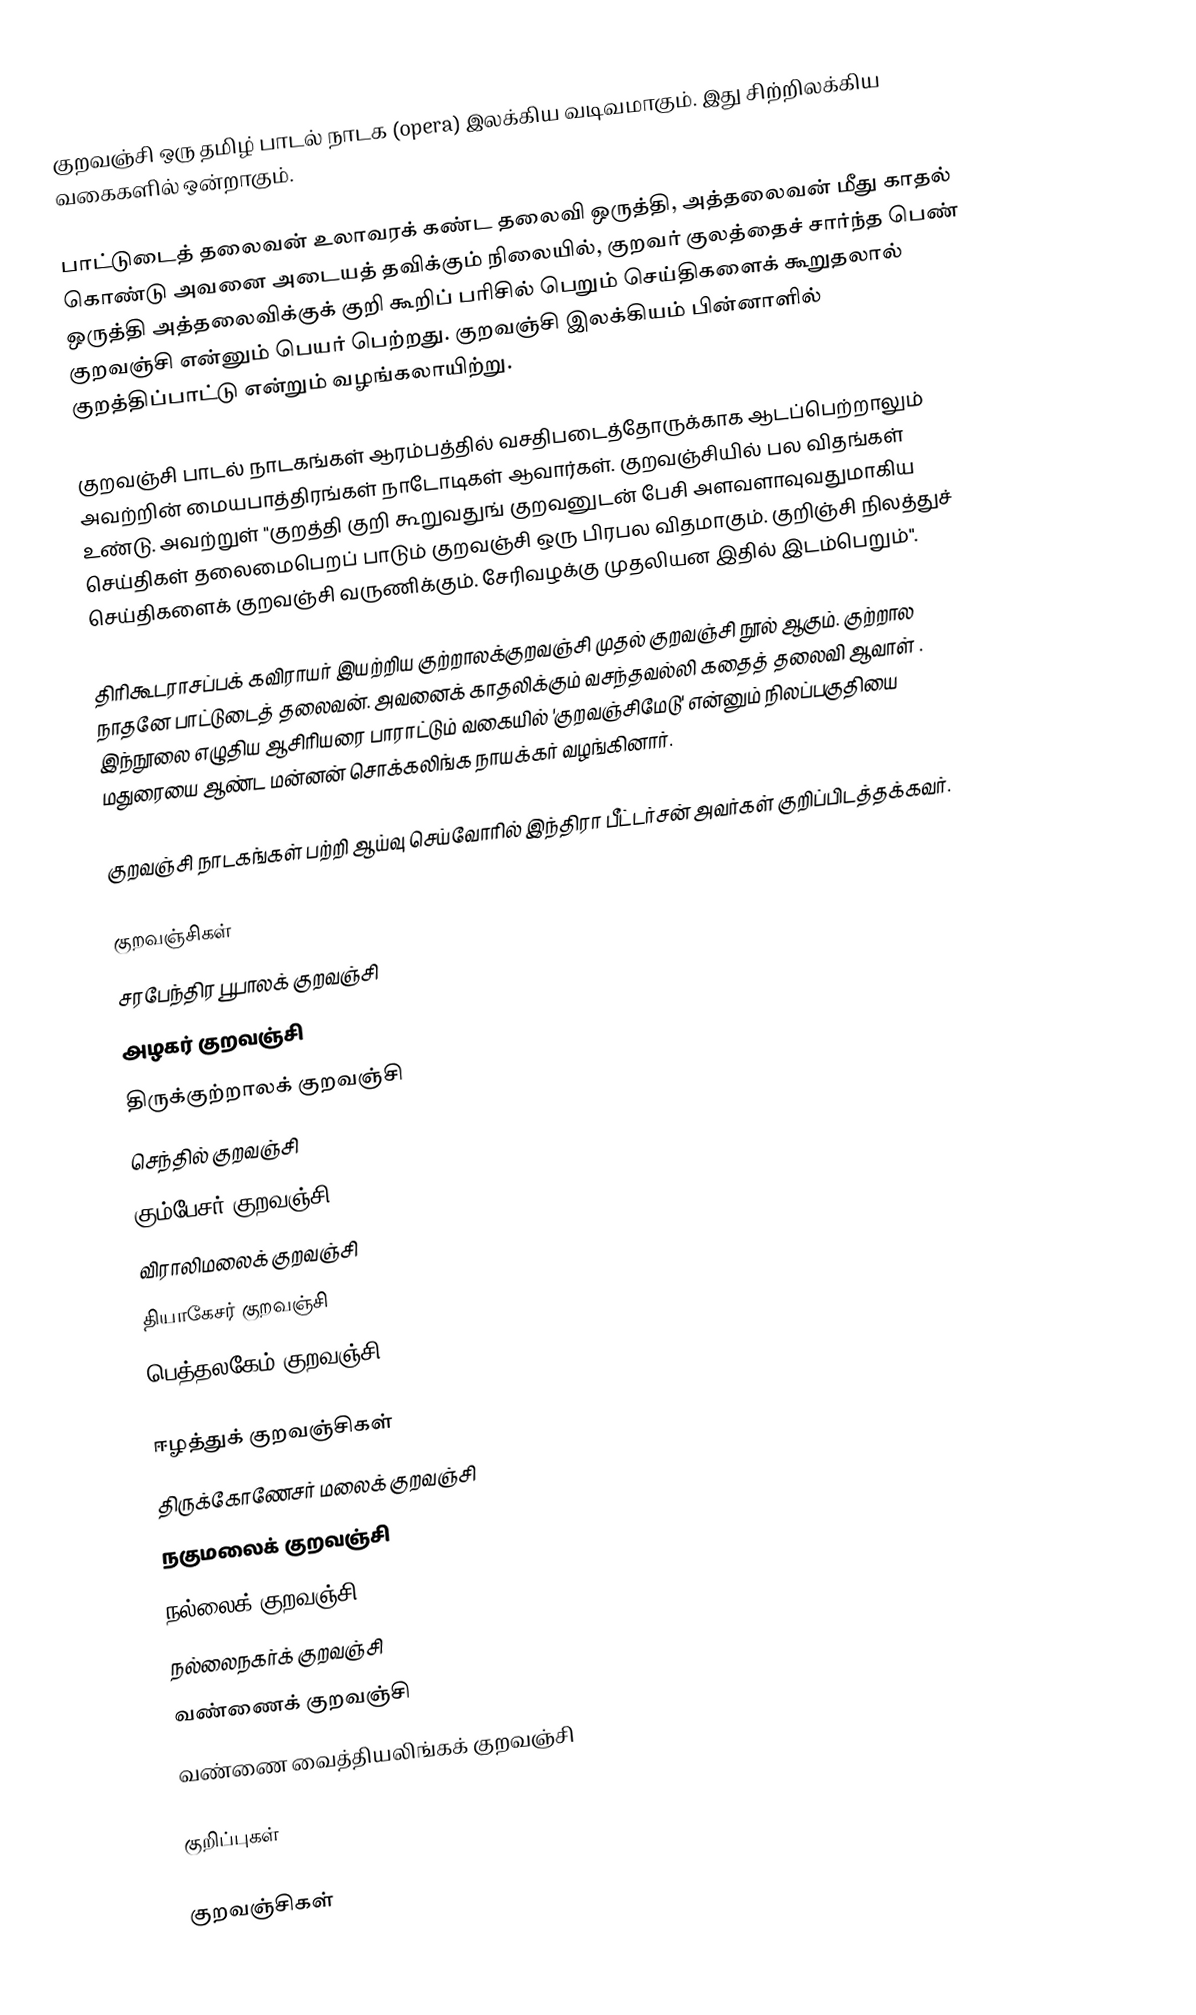
குறவஞ்சி ஒரு தமிழ் பாடல் நாடக (opera) இலக்கிய வடிவமாகும். இது சிற்றிலக்கிய வகைகளில் ஒன்றாகும்.

பாட்டுடைத் தலைவன் உலாவரக் கண்ட தலைவி ஒருத்தி, அத்தலைவன் மீது காதல் கொண்டு அவனை அடையத் தவிக்கும் நிலையில், குறவர் குலத்தைச் சார்ந்த பெண் ஒருத்தி அத்தலைவிக்குக் குறி கூறிப் பரிசில் பெறும் செய்திகளைக் கூறுதலால் குறவஞ்சி என்னும் பெயர் பெற்றது. குறவஞ்சி இலக்கியம் பின்னாளில் குறத்திப்பாட்டு என்றும் வழங்கலாயிற்று.

குறவஞ்சி பாடல் நாடகங்கள் ஆரம்பத்தில் வசதிபடைத்தோருக்காக ஆடப்பெற்றாலும் அவற்றின் மையபாத்திரங்கள் நாடோடிகள் ஆவார்கள். குறவஞ்சியில் பல விதங்கள் உண்டு. அவற்றுள் "குறத்தி குறி கூறுவதுங் குறவனுடன் பேசி அளவளாவுவதுமாகிய செய்திகள் தலைமைபெறப் பாடும் குறவஞ்சி ஒரு பிரபல விதமாகும். குறிஞ்சி நிலத்துச் செய்திகளைக் குறவஞ்சி வருணிக்கும். சேரிவழக்கு முதலியன இதில் இடம்பெறும்".

திரிகூடராசப்பக் கவிராயர் இயற்றிய குற்றாலக்குறவஞ்சி முதல் குறவஞ்சி நூல் ஆகும். குற்றால நாதனே பாட்டுடைத் தலைவன். அவனைக் காதலிக்கும் வசந்தவல்லி கதைத் தலைவி  ஆவாள் . இந்நூலை எழுதிய ஆசிரியரை பாராட்டும் வகையில் 'குறவஞ்சிமேடு' என்னும் நிலப்பகுதியை மதுரையை ஆண்ட மன்னன் சொக்கலிங்க நாயக்கர் வழங்கினார்.

குறவஞ்சி நாடகங்கள் பற்றி ஆய்வு செய்வோரில் இந்திரா பீட்டர்சன் அவர்கள் குறிப்பிடத்தக்கவர்.

குறவஞ்சிகள்
 சரபேந்திர பூபாலக் குறவஞ்சி
 அழகர் குறவஞ்சி
 திருக்குற்றாலக் குறவஞ்சி
 செந்தில் குறவஞ்சி
 கும்பேசர் குறவஞ்சி
 விராலிமலைக் குறவஞ்சி
 தியாகேசர் குறவஞ்சி
பெத்தலகேம் குறவஞ்சி

ஈழத்துக் குறவஞ்சிகள்
 திருக்கோணேசர் மலைக் குறவஞ்சி
 நகுமலைக் குறவஞ்சி
 நல்லைக் குறவஞ்சி
 நல்லைநகர்க் குறவஞ்சி
 வண்ணைக் குறவஞ்சி
 வண்ணை வைத்தியலிங்கக் குறவஞ்சி

குறிப்புகள்

குறவஞ்சிகள்